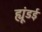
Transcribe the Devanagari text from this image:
ह्यूंडई